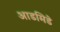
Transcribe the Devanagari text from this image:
आडमिडे